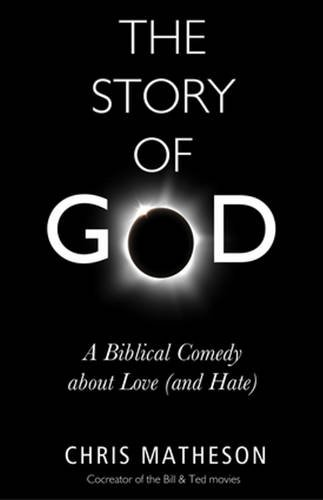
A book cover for The Story of God: A Biblical Comedy about Love (and Hate); Chris Matheson; Humor & Entertainment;